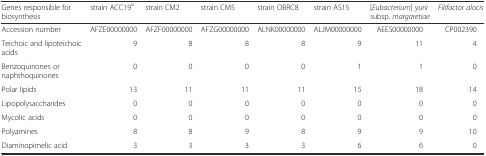
<table><thead><tr><td><b>Genes responsible for biosynthesis</b></td><td><b>strain ACC19<sup>a</sup></b></td><td><b>strain CM2</b></td><td><b>strain CM5</b></td><td><b>strain OBRC8</b></td><td><b>strain AS15</b></td><td><b>[<i>Eubacterium</i>] <i>yurii</i> subsp. <i>margaretiae</i></b></td><td><b><i>Filifactor alocis</i></b></td></tr></thead><tbody><tr><td>Accession number</td><td>AFZE00000000</td><td>AFZF00000000</td><td>AFZG00000000</td><td>ALNK00000000</td><td>ALJM00000000</td><td>AEES00000000</td><td>CP002390</td></tr><tr><td>Teichoic and lipoteichoic acids</td><td>9</td><td>8</td><td>8</td><td>8</td><td>9</td><td>11</td><td>4</td></tr><tr><td>Benzoquinones or naphthoquinones</td><td>0</td><td>0</td><td>0</td><td>0</td><td>1</td><td>1</td><td>0</td></tr><tr><td>Polar lipids</td><td>13</td><td>11</td><td>11</td><td>11</td><td>15</td><td>18</td><td>14</td></tr><tr><td>Lipopolysaccharides</td><td>0</td><td>0</td><td>0</td><td>0</td><td>0</td><td>0</td><td>0</td></tr><tr><td>Mycolic acids</td><td>0</td><td>0</td><td>0</td><td>0</td><td>0</td><td>0</td><td>0</td></tr><tr><td>Polyamines</td><td>8</td><td>8</td><td>9</td><td>8</td><td>9</td><td>9</td><td>10</td></tr><tr><td>Diaminopimelic acid</td><td>3</td><td>3</td><td>3</td><td>3</td><td>6</td><td>6</td><td>0</td></tr></tbody></table>